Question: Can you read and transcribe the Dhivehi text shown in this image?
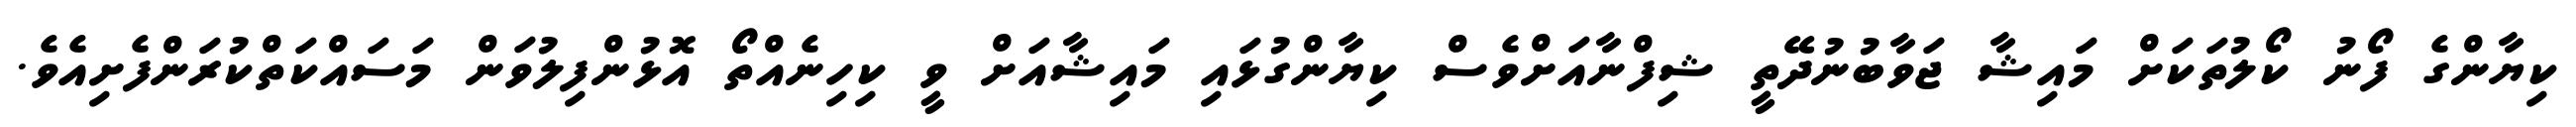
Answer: ކިޔާންގެ ފޯނު ކޯލުތަކަށް މައިޝާ ޖަވާބުނުދޭތީ ޝިފްނާއަށްވެސް ކިޔާންގުޅައި މައިޝާއަށް ވީ ކިހިނެއްތޯ އޮޅުންފިލުވަން މަސައްކަތްކުރަންފެށިއެވެ.